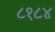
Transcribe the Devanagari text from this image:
८१८४